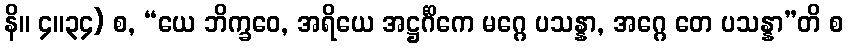
နိ။ ၄။၃၄) စ, “ယေ ဘိက္ခဝေ, အရိယေ အဋ္ဌင်္ဂိကေ မဂ္ဂေ ပသန္နာ, အဂ္ဂေ တေ ပသန္နာ”တိ စ